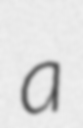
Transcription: a